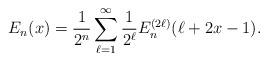
LaTeX: \begin{align*}E_{n}(x) = \frac{1}{2^{n}} \sum_{\ell=1}^{\infty} \frac{1}{2^{\ell}} E_{n}^{(2 \ell)}( \ell + 2x - 1).\end{align*}